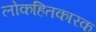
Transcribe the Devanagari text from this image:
लोकहितकारक